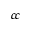
c c